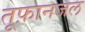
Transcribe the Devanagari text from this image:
तूफ़ानजल